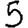
Digit: 5